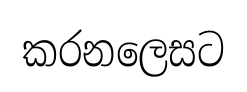
කරනලෙසට